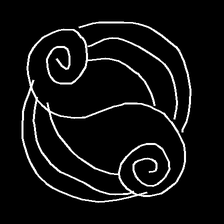
Glyph: wind-underfoot